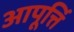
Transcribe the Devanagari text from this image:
आपूर्त्ति